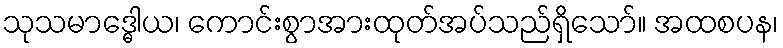
သုသမာဒ္ဓေါယ၊ ကောင်းစွာအားထုတ်အပ်သည်ရှိသော်။ အထစပန၊